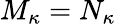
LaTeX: M_{\kappa}=N_{\kappa}